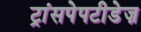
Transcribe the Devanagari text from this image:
ट्रांसपेपटीडेज़